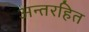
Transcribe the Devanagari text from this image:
अन्तरहित